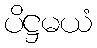
ပိဋ္ဌမယံ